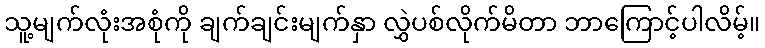
သူ့မျက်လုံးအစုံကို ချက်ချင်းမျက်နှာ လွှဲပစ်လိုက်မိတာ ဘာကြောင့်ပါလိမ့်။